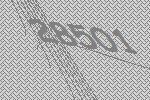
28501